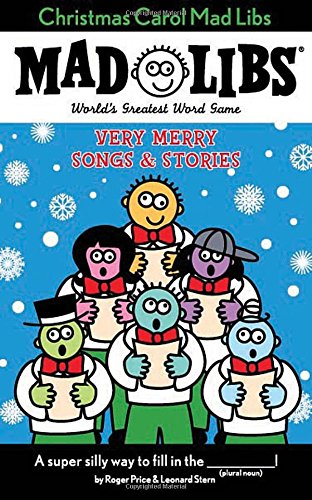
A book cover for Christmas Carol Mad Libs: Very Merry Songs & Stories; Roger Price; Children's Books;